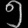
Digit: ၅